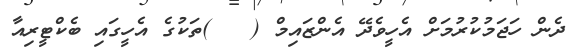
ދެން ހަޖަމުކުރުމަށް އެހީވެދޭ އެންޒައިމް (   )ތަކުގެ އެހީގައި ބެކްޓީރިއާ